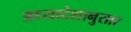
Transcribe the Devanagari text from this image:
अध्यादेशानुसार